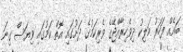
ބައެއް ފަހަރު މަލިކު ދިވެހިރާއްޖޭގެ ވެރިކަމުގެ ދަށުގައި އޮތް ކަމުގައި ވިޔަސް ގިނަ